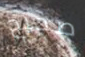
صحيح